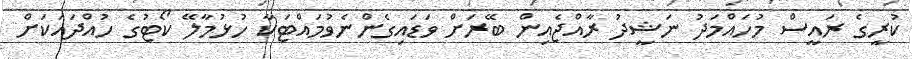
ކުރީގެ ރައީސް މުހައްމަދު ނަޝީދު ރާއްޖެއިން ބޭރަށް ވަޑައިގެންނެވުމައްޓަކާ ހުޅުމާލޭ ކޯޓުގެ ހުއްދައަކަށް